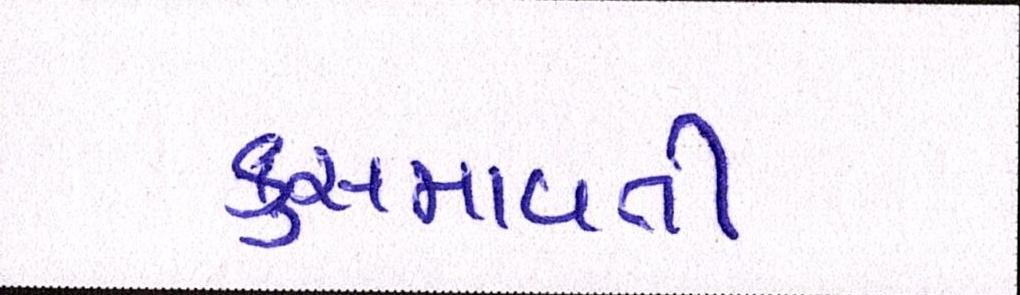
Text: કુસમાવતી